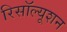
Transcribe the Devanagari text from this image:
रिसॉल्यूशन